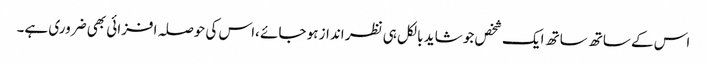
اس کے ساتھ ساتھ ایک شخص جو شاید بالکل ہی نظر انداز ہو جائے ،اس کی حوصلہ افزائی بھی ضروری ہے۔